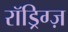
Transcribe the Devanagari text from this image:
रॉड्रिग्ज़